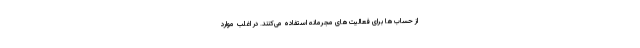
از حساب‌ها برای فعالیت‌های مجرمانه استفاده می‌کنند. در اغلب موارد